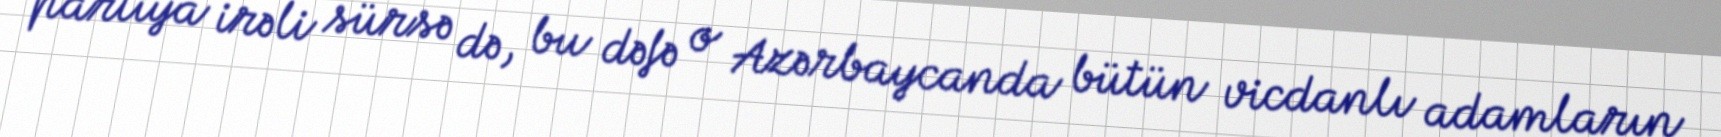
partiya irəli sürsə də, bu dəfə o Azərbaycanda bütün vicdanlı adamların